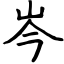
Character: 岑